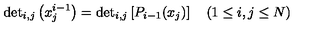
\mathrm { d e t } _ { i , j } \left( x _ { j } ^ { i - 1 } \right) = \mathrm { d e t } _ { i , j } \left[ P _ { i - 1 } ( x _ { j } ) \right] \quad ( 1 \leq i , j \leq N )